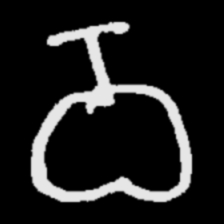
Pyu character \u2014 Myanmar letter: ဝ (romanized: wa)